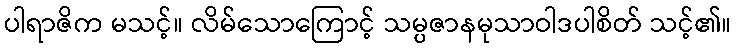
ပါရာဇိက မသင့်။ လိမ်သောကြောင့် သမ္ပဇာနမုသာဝါဒပါစိတ် သင့်၏။